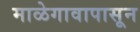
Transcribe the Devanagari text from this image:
माळेगावापासून